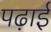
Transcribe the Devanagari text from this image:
पढ़ाईं